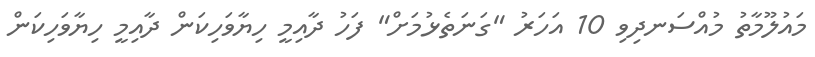
މައުލޫމާތު މުއްސަނދިވި 10 އަހަރު "ގަނަތެޅުމަށް" ފަހު ދާއިމީ ހިޔާވަހިކަން ދާއިމީ ހިޔާވަހިކަން